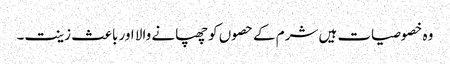
وہ خصوصیات ہیں شرم کے حصوں کو چھپانے والا اور باعث زینت۔